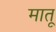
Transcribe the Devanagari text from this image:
मातू